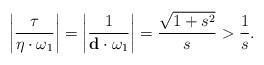
LaTeX: \begin{align*} \left \vert \frac{\tau}{\eta\cdot \omega_1}\right \vert =\left \vert \frac{1}{\mathbf d\cdot \omega_1}\right \vert=\frac{\sqrt{1+s^2}}{s}>\frac{1}{s}. \end{align*}